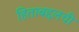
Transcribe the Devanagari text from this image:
हिताबद्दलची